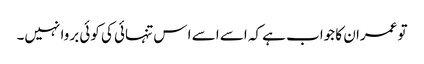
تو عمران کا جواب ہے کہ اسے اسے ا س تنہائی کی کوئی بروا نہیں۔